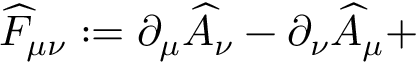
\widehat { F } _ { \mu \nu } : = \partial _ { \mu } \widehat { A } _ { \nu } - \partial _ { \nu } \widehat { A } _ { \mu } +